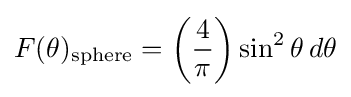
F(\theta )_{\rm {sphere}}=\left({\frac {4}{\pi }}\right)\sin ^{2}\theta \,d\theta